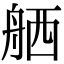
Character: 舾